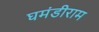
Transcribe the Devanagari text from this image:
घमंडीराम